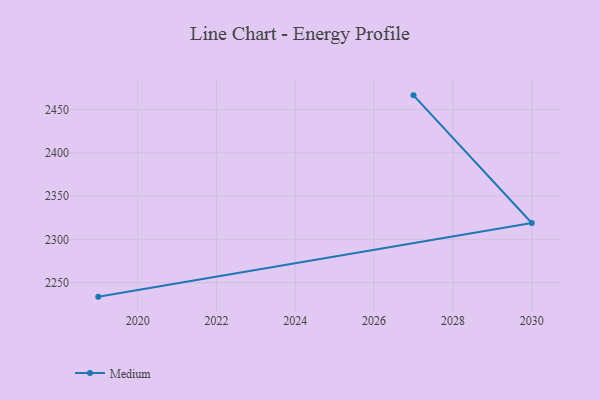
{"axis": {"x": "Year", "y": "Satisfaction Score"}, "legend": ["Medium"], "data": [{"x": "2027", "y": 2466.4, "type": "Medium"}, {"x": "2030", "y": 2318.9, "type": "Medium"}, {"x": "2019", "y": 2233.8, "type": "Medium"}]}